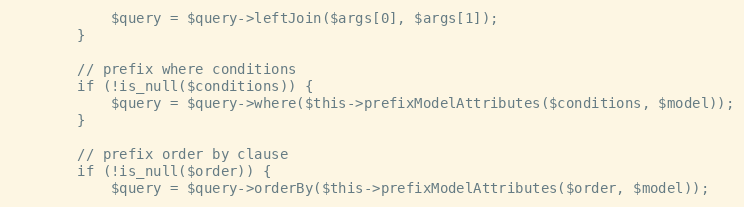
Language: PHP
            $query = $query->leftJoin($args[0], $args[1]);
        }

        // prefix where conditions
        if (!is_null($conditions)) {
            $query = $query->where($this->prefixModelAttributes($conditions, $model));
        }

        // prefix order by clause
        if (!is_null($order)) {
            $query = $query->orderBy($this->prefixModelAttributes($order, $model));